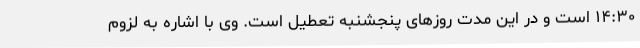
۱۴:۳۰ است و در این مدت روزهای پنجشنبه تعطیل است. وی با اشاره به لزوم